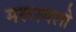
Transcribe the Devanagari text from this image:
मरूस्थलो